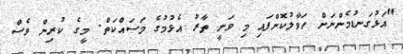
"އަޅުގަނޑުމެންނަށް ހަވާލުކޮށްފައި މި ވަނީ ތާރު އެޅުމުގެ މަސައްކަތް. މީގެ ކުރިން ވެސް